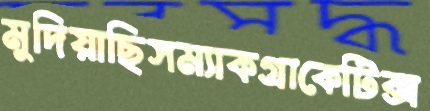
মুদিয়াছিসম্যাকগ্রাকেটিক্স